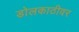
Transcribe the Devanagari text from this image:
डोलकाठीवर